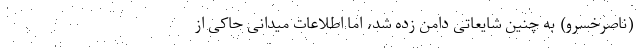
(ناصرخسرو) به چنین شایعاتی دامن زده شد، اما اطلاعات میدانی حاکی از